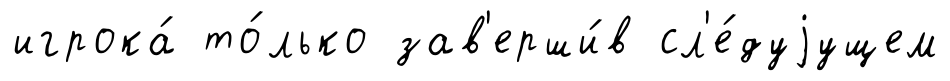
игрока́ то́лько зав'ерши́в сл'е́дуjущем